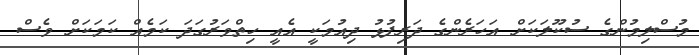
މުސްލިމުންގެ ސުކޫލަކަށް އަހަރެންގެ ދަރިފުޅު ދިއުމަކީ އެއީ ހިތްވަރުގަދަ ކަމެއް ކަމަކަށް ވެސް